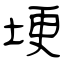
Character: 埂